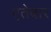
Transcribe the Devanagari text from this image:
एतेबार